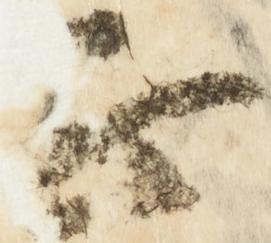
正